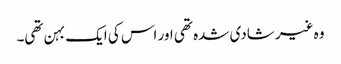
وہ غیر شادی شدہ تھی اور اس کی ایک بہن تھی۔